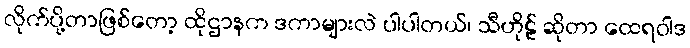
လိုက်ပို့တာဖြစ်တော့ ထိုဌာနက ဒကာများလဲ ပါပါတယ်၊ သီဟိုဠ် ဆိုတာ ထေရဝါဒ